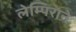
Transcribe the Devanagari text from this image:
लेम्पिराने